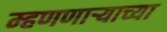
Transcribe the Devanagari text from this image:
म्हणणार्‍याच्या